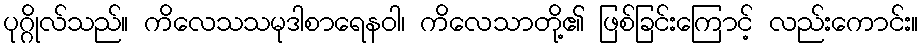
ပုဂ္ဂိုလ်သည်။ ကိလေသသမုဒါစာရေနဝါ၊ ကိလေသာတို့၏ ဖြစ်ခြင်းကြောင့် လည်းကောင်း။